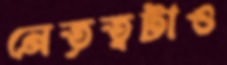
নেতৃত্বটাও